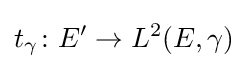
t_{\gamma }\colon E'\to L^{2}(E,\gamma )